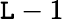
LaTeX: \mathtt{L}-1